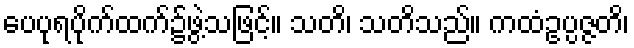
ပေပုရပိုက်ထက်၌ဖွဲ့သဖြင့်။ သတိ၊ သတိသည်။ ကထံဥပ္ပဇ္ဇတိ၊